Report of the Indian Hemp Drugs Commission, 1894-1895 - Volume I
Year: 1894
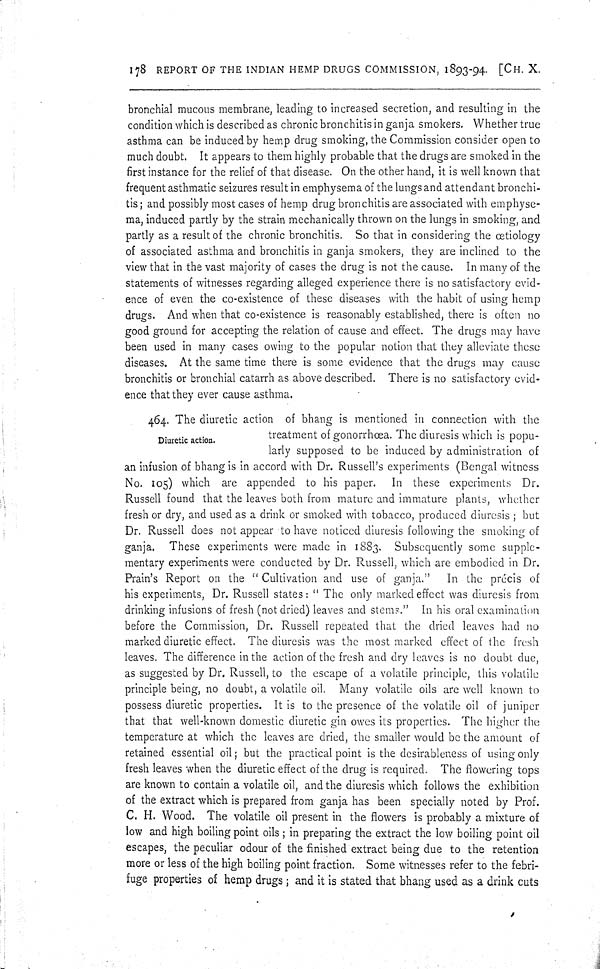
178 REPORT OF THE INDIAN HEMP DRUGS COMMISSION, 1893-94. [CH. X.
bronchial mucous membrane, leading to increased secretion, and resulting in the
condition which is described as chronic bronchitis in ganja smokers. Whether true
asthma can be induced by hemp drug smoking, the Commission consider open to
much doubt. It appears to them highly probable that the drugs are smoked in the
first instance for the relief of that disease. On the other hand, it is well known that
frequent asthmatic seizures result in emphysema of the lungs and attendant bronchi-
tis; and possibly most cases of hemp drug bronchitis are associated with emphyse-
ma, induced partly by the strain mechanically thrown on the lungs in smoking, and
partly as a result of the chronic bronchitis. So that in considering the œtiology
of associated asthma and bronchitis in ganja smokers, they are inclined to the
view that in the vast majority of cases the drug is not the cause. In many of the
statements of witnesses regarding alleged experience there is no satisfactory evid-
ence of even the co-existence of these diseases with the habit of using hemp
drugs. And when that co-existence is reasonably established, there is often no
good ground for accepting the relation of cause and effect. The drugs may have
been used in many cases owing to the popular notion that they alleviate these
diseases. At the same time there is some evidence that the drugs may cause
bronchitis or bronchial catarrh as above described. There is no satisfactory evid-
ence that they ever cause asthma.
Diuretic action.
464. The diuretic action of bhang is mentioned in connection with the
treatment of gonorrhœa. The diuresis which is popu-
-arly supposed to be induced by administration of
an infusion of bhang is in accord with Dr. Russell's experiments (Bengal witness
No. 105) which are appended to his paper. In these experiments Dr.
Russell found that the leaves both from mature and immature plants, whether
fresh or dry, and used as a drink or smoked with tobacco, produced diuresis; but
Dr. Russell does not appear to have noticed diuresis following the smoking of
ganja. These experiments were made in 1883. Subsequently some supple-
mentary experiments were conducted by Dr. Russell, which are embodied in Dr.
Prain's Report on the "Cultivation and use of ganja." In the précis of
his experiments, Dr. Russell states: " The only marked effect was diuresis from
drinking infusions of fresh (not dried) leaves and stems." In his oral examination
before the Commission, Dr. Russell repeated that the dried leaves had no
marked diuretic effect. The diuresis was the most marked effect of the fresh
leaves. The difference in the action of the fresh and dry leaves is no doubt due,
as suggested by Dr. Russell, to the escape of a volatile principle, this volatile
principle being, no doubt, a volatile oil. Many volatile oils are well known to
possess diuretic properties. It is to the presence of the volatile oil of juniper
that that well-known domestic diuretic gin owes its properties. The higher the
temperature at which the leaves are dried, the smaller would be the amount of
retained essential oil; but the practical point is the desirableness of using only
fresh leaves when the diuretic effect of the drug is required. The flowering tops
are known to contain a volatile oil, and the diuresis which follows the exhibition
of the extract which is prepared from ganja has been specially noted by Prof.
C. H. Wood. The volatile oil present in the flowers is probably a mixture of
low and high boiling point oils; in preparing the extract the low boiling point oil
escapes, the peculiar odour of the finished extract being due to the retention
more or less of the high boiling point fraction. Some witnesses refer to the febri-
fuge properties of hemp drugs; and it is stated that bhang used as a drink cuts